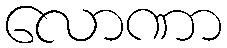
လောဏာ